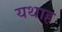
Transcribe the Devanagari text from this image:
यथाह